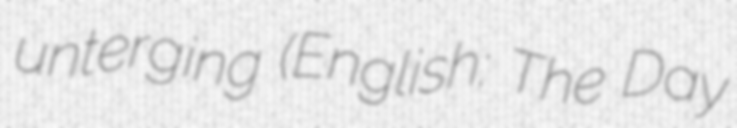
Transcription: unterging (English: The Day